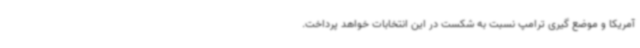
آمریکا و موضع گیری ترامپ نسبت به شکست در این انتخابات خواهد پرداخت.